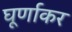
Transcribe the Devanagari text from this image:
घूर्णाकर